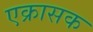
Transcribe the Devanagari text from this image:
एक्रासक